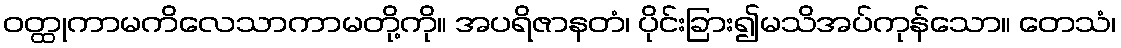
ဝတ္ထုကာမကိလေသာကာမတို့ကို။ အပရိဇာနတံ၊ ပိုင်းခြား၍မသိအပ်ကုန်သော။ တေသံ၊